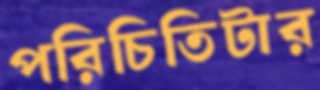
পরিচিতিটার